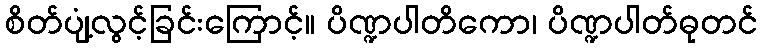
စိတ်ပျံ့လွင့်ခြင်းကြောင့်။ ပိဏ္ဍပါတိကော၊ ပိဏ္ဍပါတ်ဓုတင်